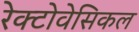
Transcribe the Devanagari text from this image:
रेक्टोवेसिकल